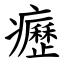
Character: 癧